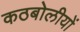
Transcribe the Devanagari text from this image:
कठबोलीयों